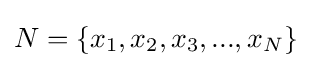
N={\{x_{1},x_{2},x_{3},...,x_{N}\}}